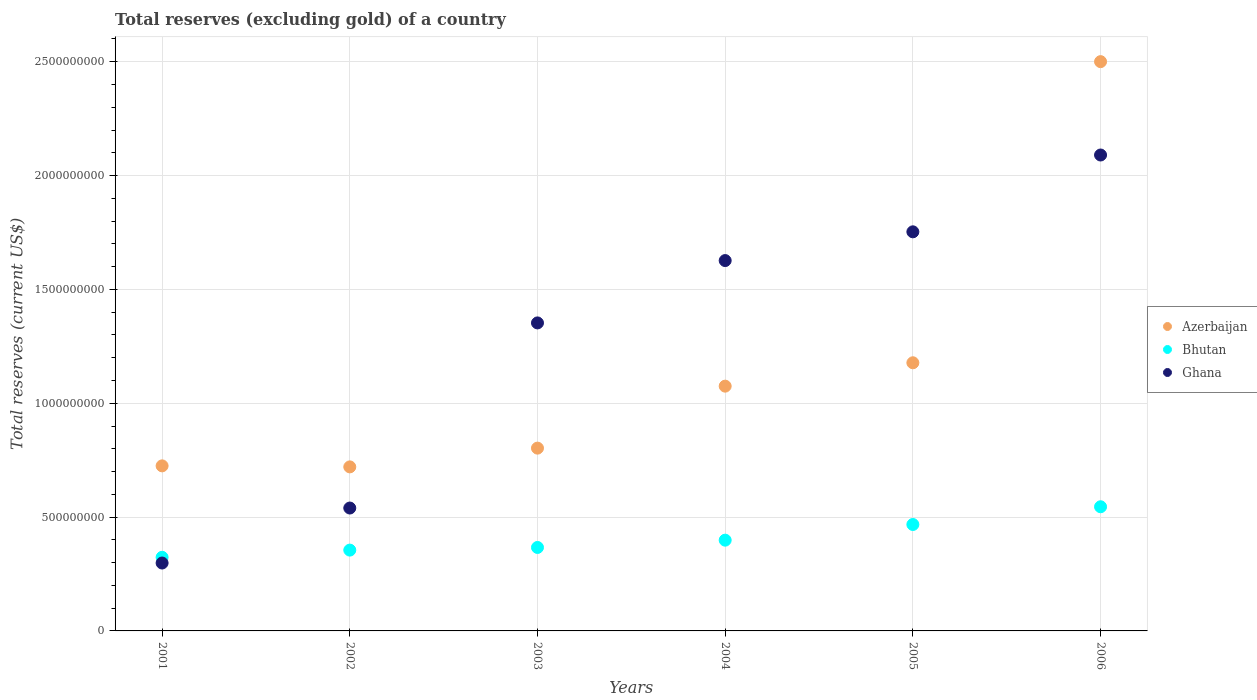
| Years | Azerbaijan | Bhutan | Ghana |
 | --- | --- | --- | --- |
 | 2001 | 7.25e+08 | 3.23e+08 | 2.98e+08 |
 | 2002 | 7.2e+08 | 3.55e+08 | 5.4e+08 |
 | 2003 | 8.03e+08 | 3.67e+08 | 1.35e+09 |
 | 2004 | 1.08e+09 | 3.99e+08 | 1.63e+09 |
 | 2005 | 1.18e+09 | 4.67e+08 | 1.75e+09 |
 | 2006 | 2.5e+09 | 5.45e+08 | 2.09e+09 |